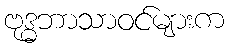
ဗုဒ္ဓဘာသာဝင်များက